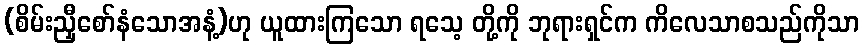
(စိမ်းညှီစော်နံသောအနံ့)ဟု ယူထားကြသော ရသေ့ တို့ကို ဘုရားရှင်က ကိလေသာစသည်ကိုသာ